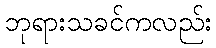
ဘုရားသခင်ကလည်း